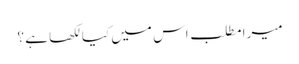
میرا مطلب اس میں کیا لکھا ہے ؟